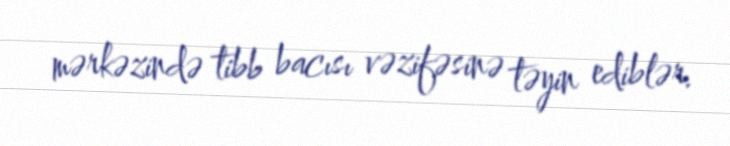
mərkəzində tibb bacısı vəzifəsinə təyin ediblər.